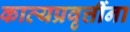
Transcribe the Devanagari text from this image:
काव्यप्रवृत्तींना